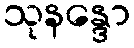
သုနန္ဒော